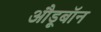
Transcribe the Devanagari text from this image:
औडूबॉन